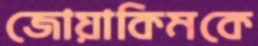
জোয়াকিমকে